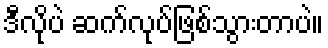
ဒီလိုပဲ ဆက်လုပ်ဖြစ်သွားတာပဲ။